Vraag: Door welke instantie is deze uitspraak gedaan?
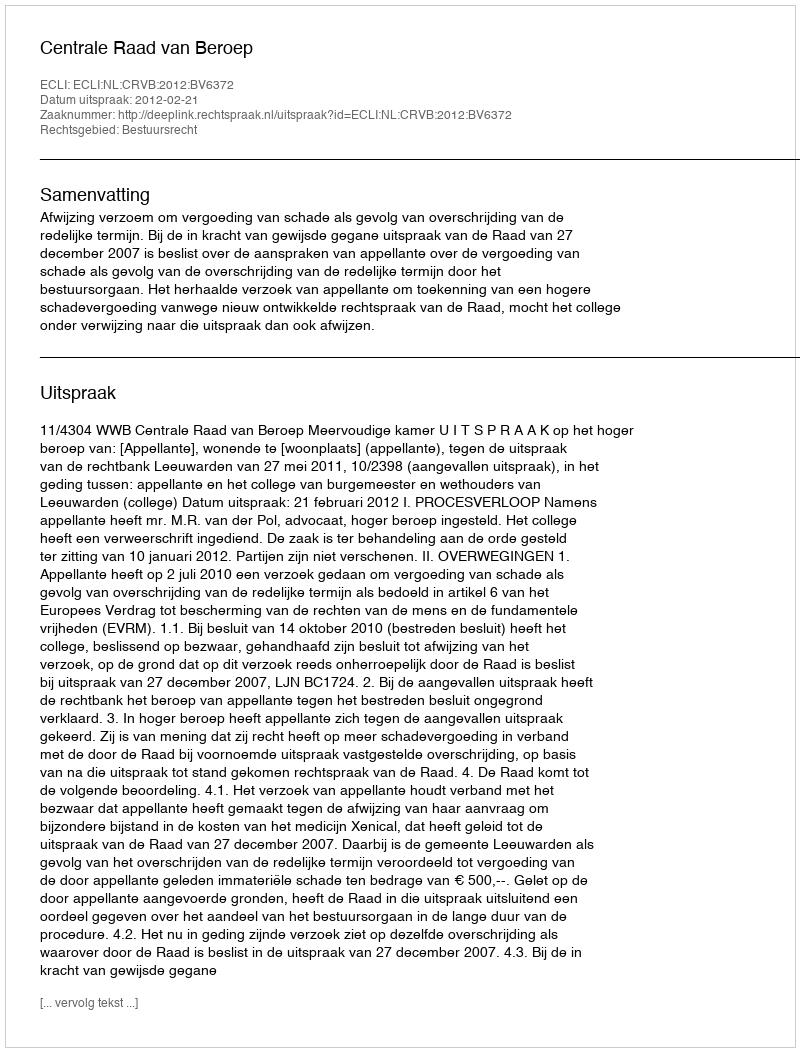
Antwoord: Centrale Raad van Beroep